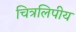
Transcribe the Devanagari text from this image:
चित्रलिपीय